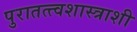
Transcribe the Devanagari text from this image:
पुरातत्त्वशास्त्राशी